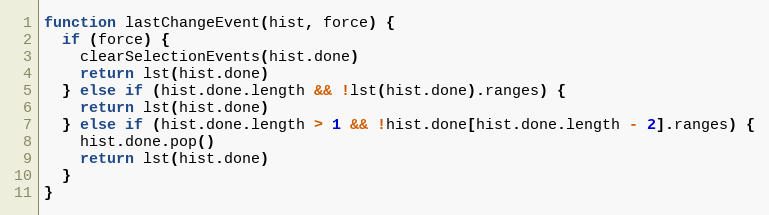
Language: JavaScript
function lastChangeEvent(hist, force) {
  if (force) {
    clearSelectionEvents(hist.done)
    return lst(hist.done)
  } else if (hist.done.length && !lst(hist.done).ranges) {
    return lst(hist.done)
  } else if (hist.done.length > 1 && !hist.done[hist.done.length - 2].ranges) {
    hist.done.pop()
    return lst(hist.done)
  }
}